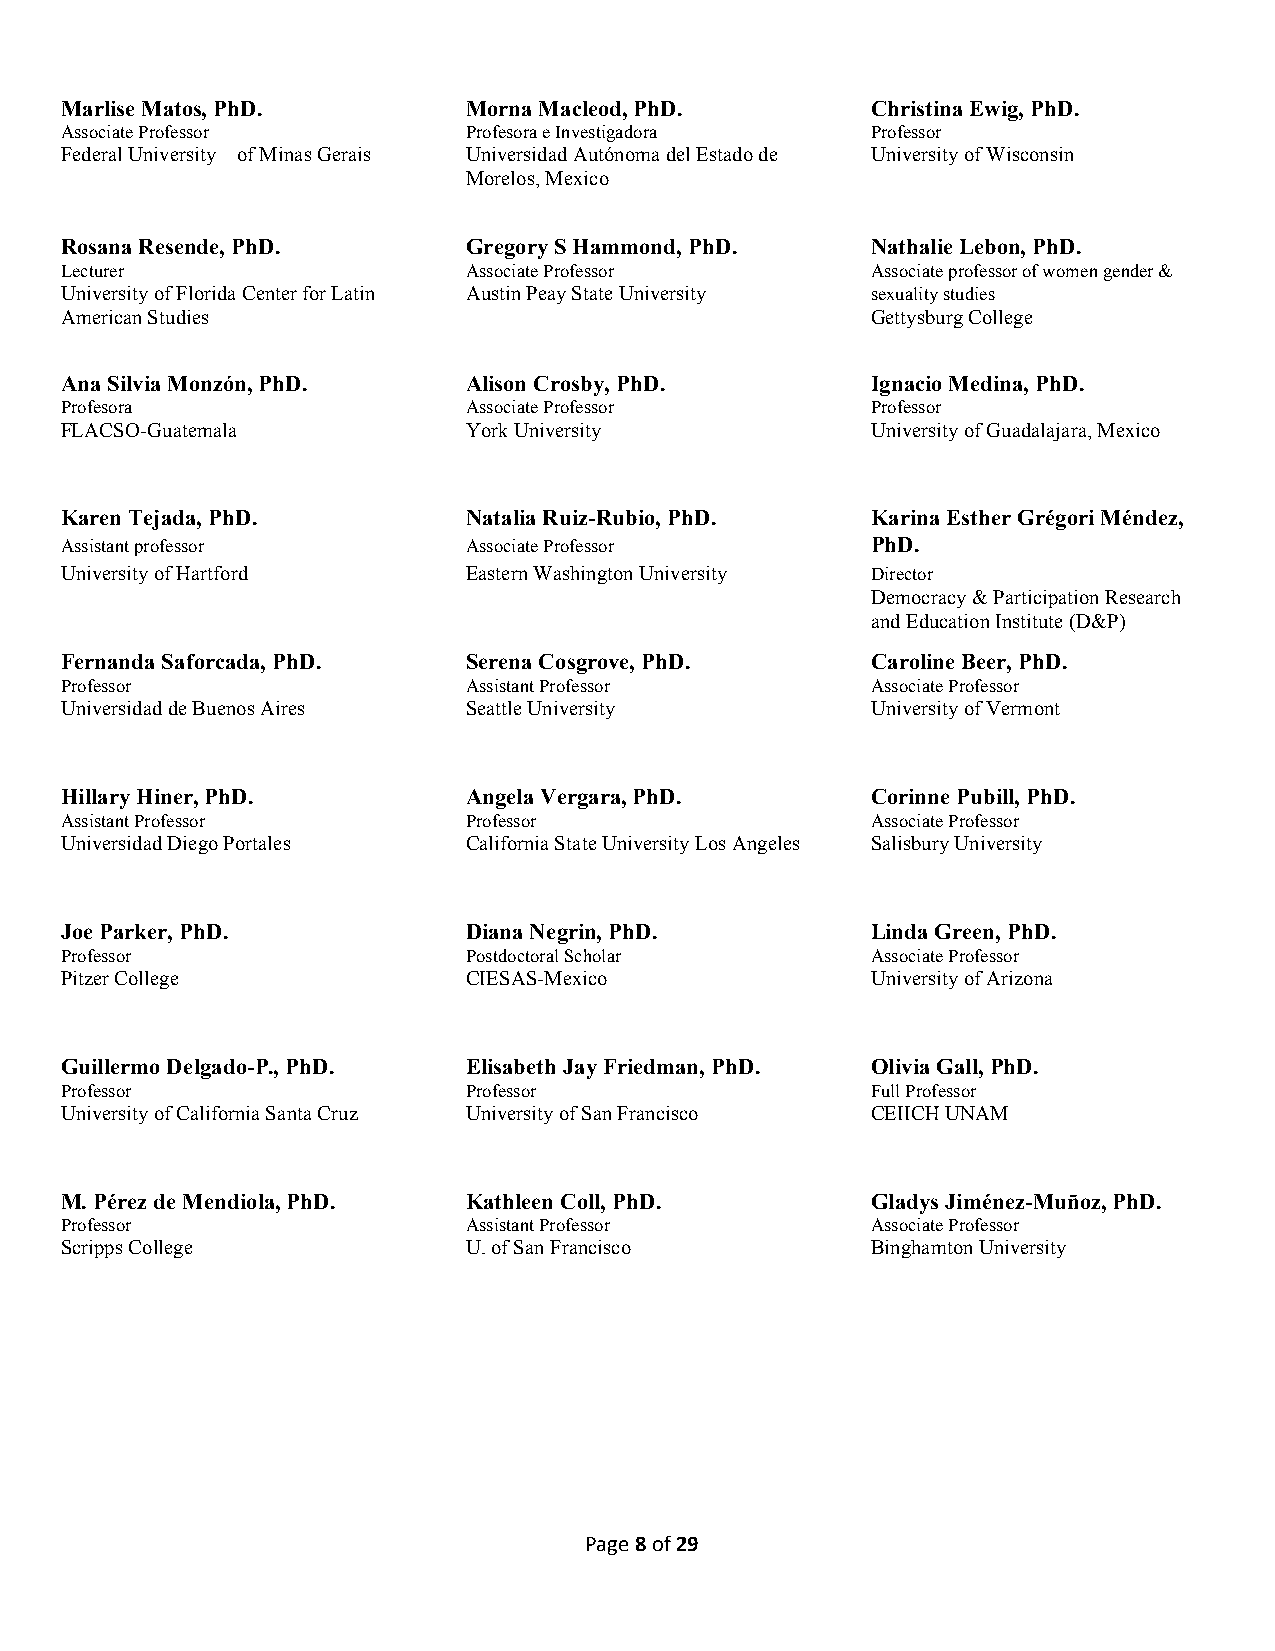
Marlise Matos, PhD.        Morna Macleod, PhD.        Christina Ewig, PhD.
 Associate Professor        Profesora e Investigadora  Professor
 Federal University of Minas Gerais Universidad Autónoma del Estado de University of Wisconsin
 Morelos, Mexico
 Rosana Resende, PhD.       Gregory S Hammond, PhD.    Nathalie Lebon, PhD.
 Lecturer                   Associate Professor        Associate professor of women gender &
 University of Florida Center for Latin Austin Peay State University sexuality studies
 American Studies                                      Gettysburg College
 Ana Silvia Monzón, PhD.    Alison Crosby, PhD.        Ignacio Medina, PhD.
 Profesora                  Associate Professor        Professor
 FLACSO-Guatemala           York University            University of Guadalajara, Mexico
 Karen Tejada, PhD.         Natalia Ruiz-Rubio, PhD.   Karina Esther Grégori Méndez,
 Assistant professor        Associate Professor        PhD.
 University of Hartford     Eastern Washington University Director
 Democracy & Participation Research
 and Education Institute (D&P)
 Fernanda Saforcada, PhD.   Serena Cosgrove, PhD.      Caroline Beer, PhD.
 Professor                  Assistant Professor        Associate Professor
 Universidad de Buenos Aires Seattle University        University of Vermont
 Hillary Hiner, PhD.        Angela Vergara, PhD.       Corinne Pubill, PhD.
 Assistant Professor        Professor                  Associate Professor
 Universidad Diego Portales California State University Los Angeles Salisbury University
 Joe Parker, PhD.           Diana Negrin, PhD.         Linda Green, PhD.
 Professor                  Postdoctoral Scholar       Associate Professor
 Pitzer College             CIESAS-Mexico              University of Arizona
 Guillermo Delgado-P., PhD. Elisabeth Jay Friedman, PhD. Olivia Gall, PhD.
 Professor                  Professor                  Full Professor
 University of California Santa Cruz University of San Francisco CEIICH UNAM
 M. Pérez de Mendiola, PhD. Kathleen Coll, PhD.        Gladys Jiménez-Muñoz, PhD.
 Professor                  Assistant Professor        Associate Professor
 Scripps College            U. of San Francisco        Binghamton University
 Page 8 of 29